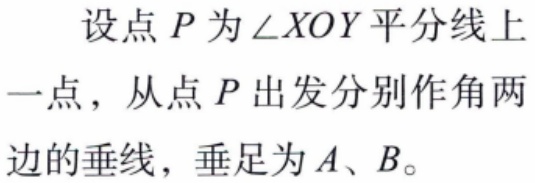
设点 \(P\) 为 \(\angle XOY\) 平分线上一点，从点 \(P\) 出发分别作角两边的垂线，垂足为 \(A、B\)。